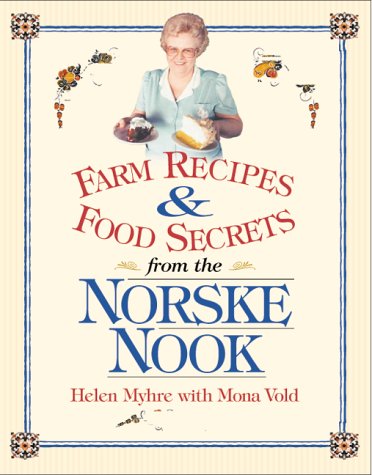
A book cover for Farm Recipes and Food Secrets from the Norske Nook; Helen Myhre; Cookbooks, Food & Wine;